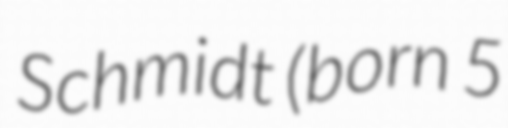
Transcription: Schmidt (born 5